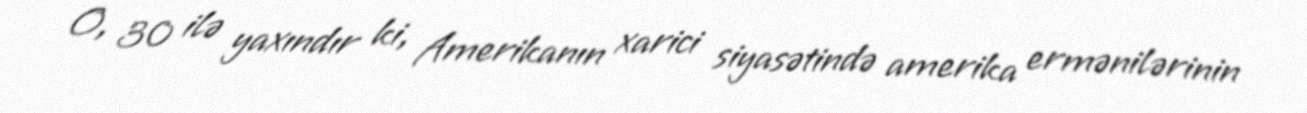
O, 30 ilə yaxındır ki, Amerikanın xarici siyasətində amerika ermənilərinin